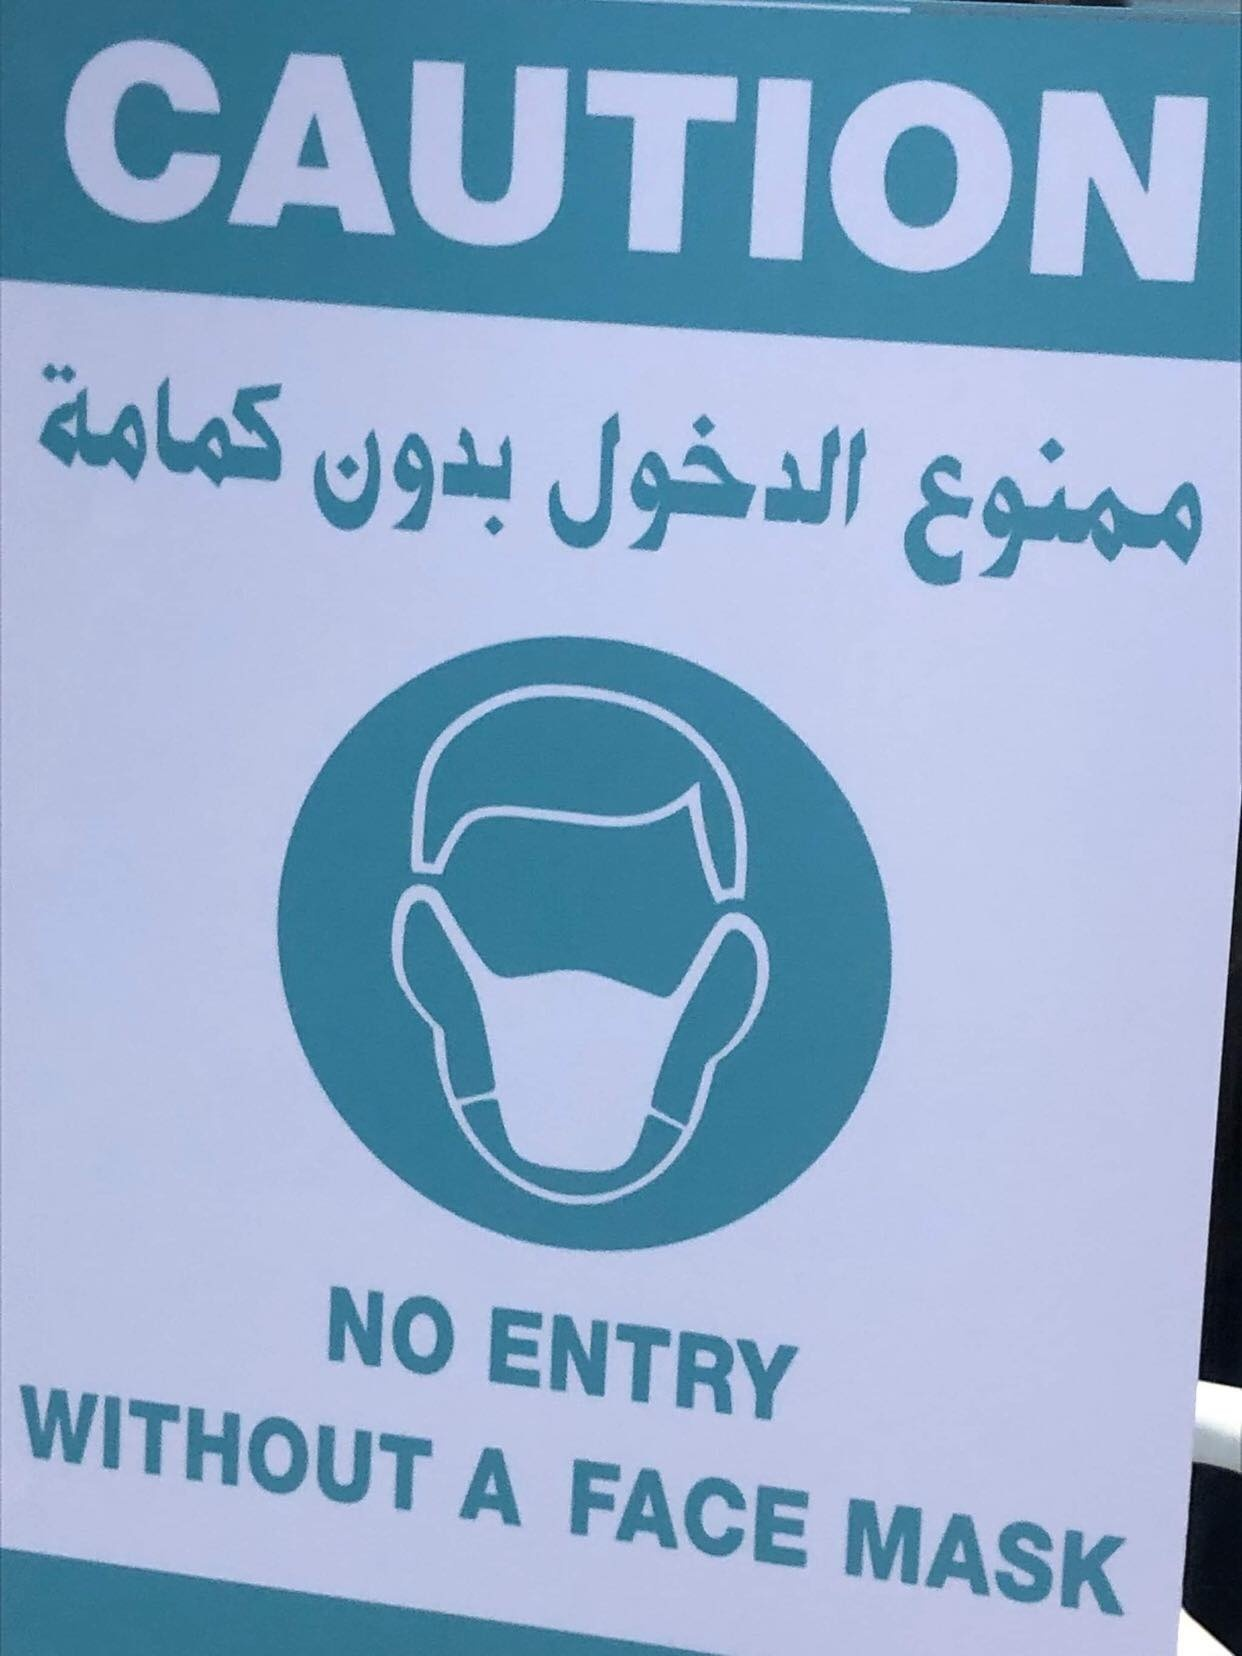
Text in image: كمامة بدون الدخول ممنوع CAUTION NO ENTRY WITHOUT A FACE MASK